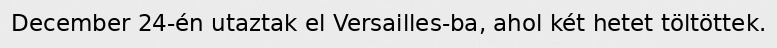
December 24-én utaztak el Versailles-ba, ahol két hetet töltöttek.